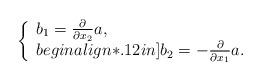
LaTeX: \begin{align*}\left\{\begin{array}{l} b_{1}=\frac{\partial}{\partial x_{2}}a, \\begin{align*}.12in]b_{2}=-\frac{\partial}{\partial x_{1}}a.\end{array}\right.\end{align*}